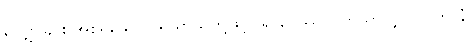
လျှော်ခြင်း အစရှိသော ပရိယာယ်တို့ဖြင့်။ ရာဂေဿဝ၊ ကိုသာလျှင်။ ပဟာနံ၊